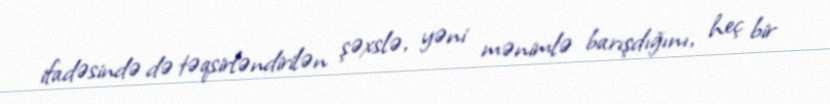
ifadəsində də təqsirləndirilən şəxslə, yəni mənimlə barışdığını, heç bir